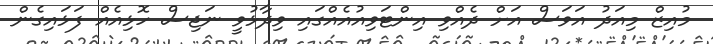
މުއިޒް މިއަދު އަވަސް އަށް ދެއްވި އިންޓަވިއުއެއްގައި ވިދާޅުވީ ނަޖިސް ހޮޅިއެއް ފަޅައިގެން